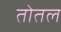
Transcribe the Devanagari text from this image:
तोतल